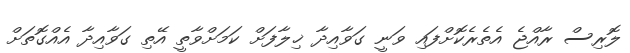
ލޮރިސް ރާއްޖެ އެތެރެކޮށްފައި ވަނީ ގަވާއިދާ ޚިލާފަށް ކަމަށްވާތީ އޭތި ގަވާއިދާ އެއްގޮތަށް